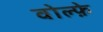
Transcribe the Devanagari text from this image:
वोल्फ़े